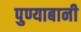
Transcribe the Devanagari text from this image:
पुण्याबानी